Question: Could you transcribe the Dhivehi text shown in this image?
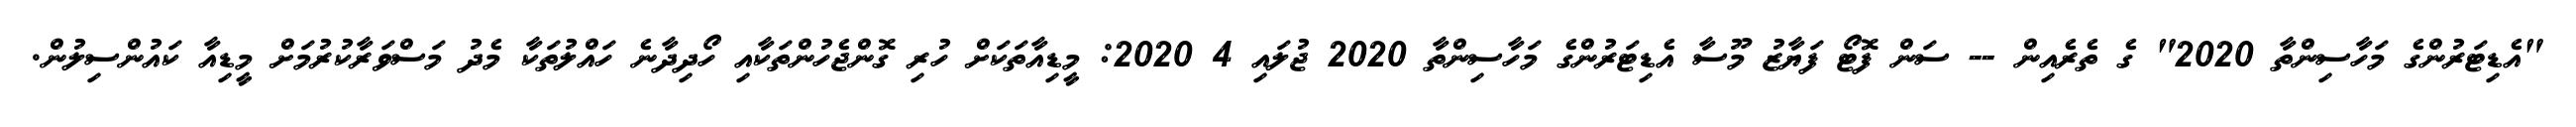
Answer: "އެޑިޓަރުންގެ މަހާސިންތާ 2020" ގެ ތެރެއިން -- ސަން ފޮޓޯ ފަޔާޒު މޫސާ އެޑިޓަރުންގެ މަހާސިންތާ 2020 ޖުލައި 4 2020: މީޑިއާތަކަށް ހުރި ގޮންޖެހުންތަކާއި ހޯދިދާނެ ހައްލުތަކާ މެދު މަސްވަރާކުރުމަށް މީޑިއާ ކައުންސިލުން.